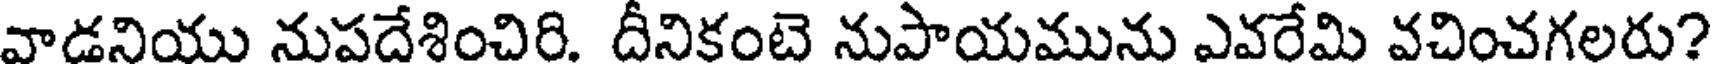
వాడనియు నుపదేశించిరి. దీనికంటె నుపాయమును ఎవరేమి వచించగలరు?